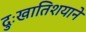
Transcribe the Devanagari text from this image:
दुःखातिशयाने